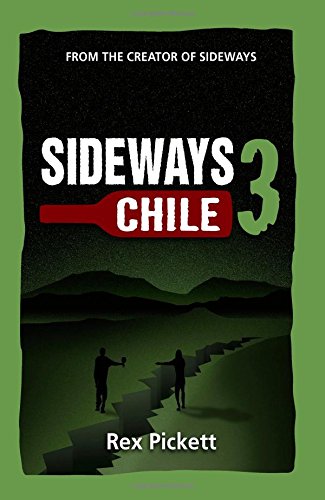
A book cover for Sideways 3 Chile; Rex Pickett; Romance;